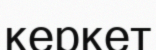
керкет